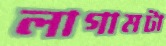
লাগামটা